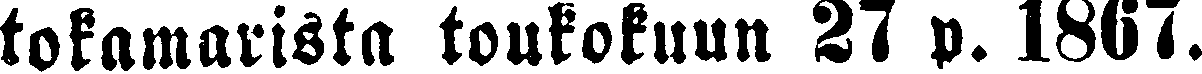
tokamarista toukokuun 27 p. 1867.